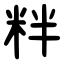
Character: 䉽